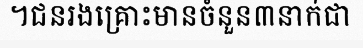
។ជនរងគ្រោះមានចំនួន៣នាក់ជា